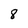
Character: 8